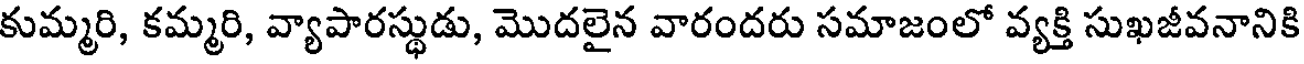
కుమ్మరి, కమ్మరి, వ్యాపారస్థుడు, మొదలైన వారందరు సమాజంలో వ్యక్తి సుఖజీవనానికి